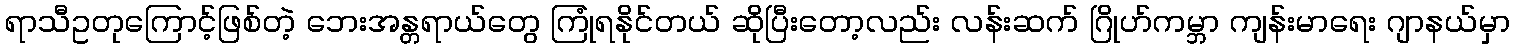
ရာသီဥတုကြောင့်ဖြစ်တဲ့ ဘေးအန္တရာယ်တွေ ကြုံရနိုင်တယ် ဆိုပြီးတော့လည်း လန်းဆက် ဂြိုဟ်ကမ္ဘာ ကျန်းမာရေး ဂျာနယ်မှာ